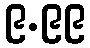
၉.၉၉